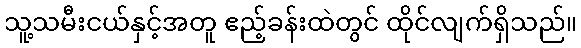
သူ့သမီးငယ်နှင့်အတူ ဧည့်ခန်းထဲတွင် ထိုင်လျက်ရှိသည်။